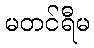
မတင်ရီမ